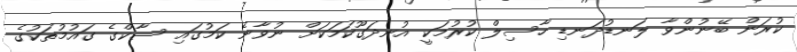
ކުރަން ބޭނުންވާ ލަނޑުދަނޑި ހާސިލް ކުރުމަކީ އުނދަގޫކަމަކަށް ނުވާނެ ކަމުގައި ސާކްގެ ގައުމުތަކުގެ